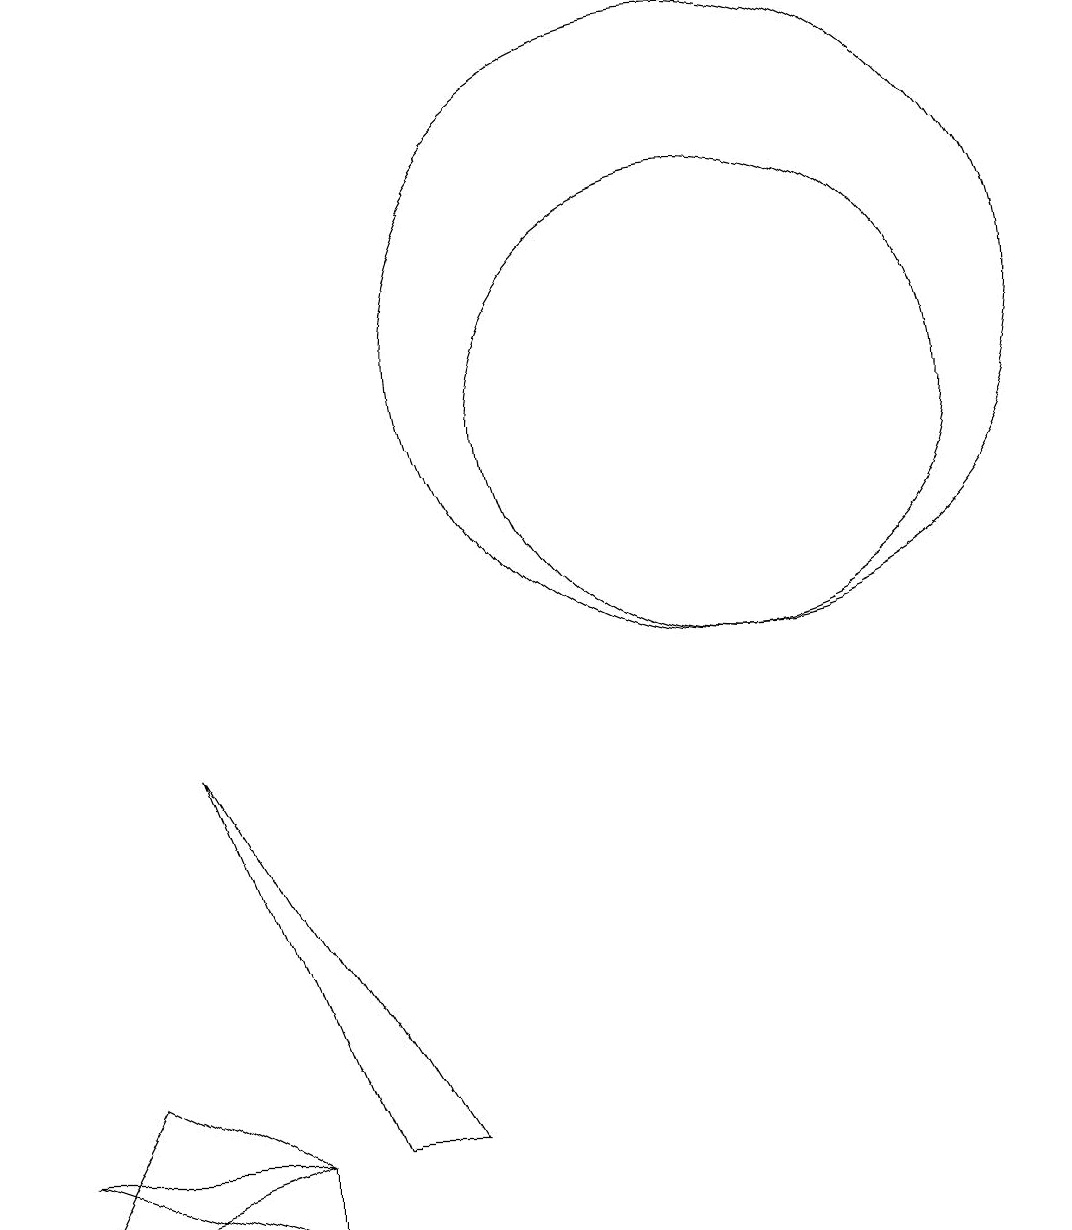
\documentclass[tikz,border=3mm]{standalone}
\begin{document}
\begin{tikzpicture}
\draw (4,0) -- (4,1) -- (1,1) -- cycle;
\draw (10,10) circle (3);
\draw (6,1) -- (3,6) -- (5,1) -- cycle;
\draw (10,11) circle (4);
\draw (4,1) -- (1,0) -- (2,2) -- cycle;
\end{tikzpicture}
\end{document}